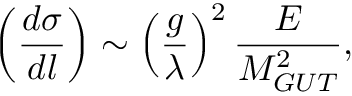
\left( \frac { d \sigma } { d l } \right) \sim \left( \frac { g } { \lambda } \right) ^ { 2 } \frac { E } { M _ { G U T } ^ { 2 } } ,